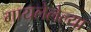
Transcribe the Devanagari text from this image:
गायलेलेल्या